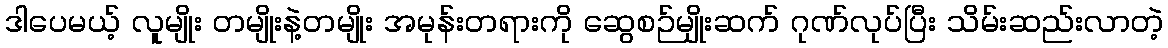
ဒါပေမယ့် လူမျိုး တမျိုးနဲ့တမျိုး အမုန်းတရားကို ဆွေစဉ်မျိုးဆက် ဂုဏ်လုပ်ပြီး သိမ်းဆည်းလာတဲ့